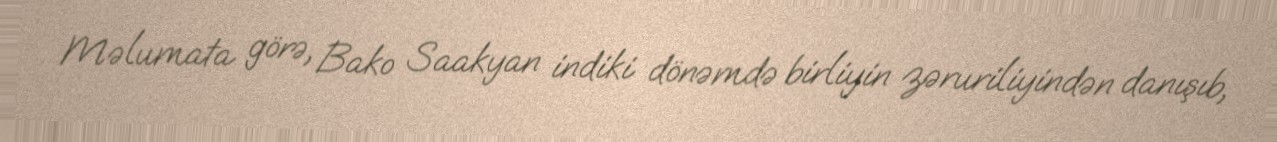
Məlumata görə, Bako Saakyan indiki dönəmdə birliyin zəruriliyindən danışıb,